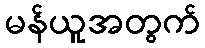
မန်ယူအတွက်